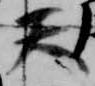
天